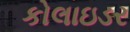
કોલાઇડર